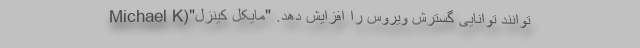
توانند توانایی گسترش ویروس را افزایش دهد. "مایکل کینزل"(Michael K